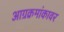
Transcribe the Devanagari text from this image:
आग्रक्रमांकावर